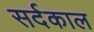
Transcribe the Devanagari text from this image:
सर्दकाल